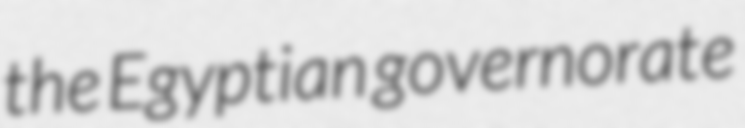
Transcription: the Egyptian governorate